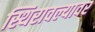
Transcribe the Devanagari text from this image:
स्थिरावल्यावर